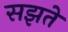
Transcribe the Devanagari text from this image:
सझते